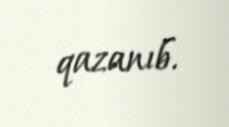
qazanıb.